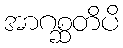
အာဂစ္ဆတိပိ